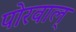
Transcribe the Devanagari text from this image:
पोरवाल्